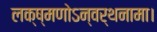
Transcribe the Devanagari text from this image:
लक्ष्मणोऽन्वर्थनामा।